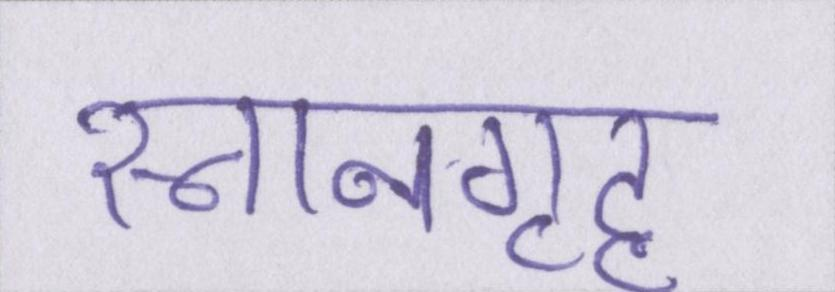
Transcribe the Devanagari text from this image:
स्नानगृह